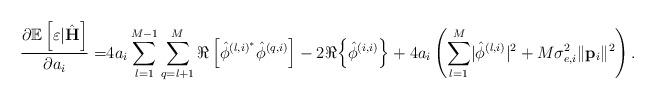
LaTeX: \begin{align*} \frac{\partial\mathbb{E}\left[\varepsilon|\hat{\mathbf{H}}\right]}{\partial a_i}=&4a_i\sum_{l=1}^{M-1}\sum_{q=l+1}^{M} \Re\left[\hat{\phi}^{\left(l,i\right)^*}\hat{\phi}^{\left(q,i\right)}\right]-2 \Re{\left\{\hat{\phi}^{\left(i,i\right)}\right\}}+4a_i\left(\sum_{l=1}^M\lvert\hat{\phi}^{\left(l,i\right)}\rvert^2+M\sigma_{e,i}^2\lVert\mathbf{p}_i\rVert^2\right).\end{align*}